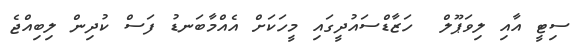
ސިޓީ އާއި ލިވަޕޫލް  ހަޒާޑްސައުދީގައި މީހަކަށް އެއްމާބަނޑު ފަސް ކުދިން ލިބިއްޖެ